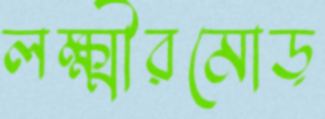
লক্ষ্মীরমোড়